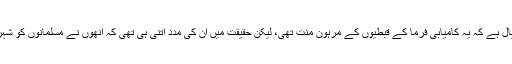
مقریزی اور دوسرے مورخین کا خیال ہے کہ یہ کامیابی فرما کے قبطیوں کے مرہون منت تھی، لیکن حقیقت میں ان کی مدد اتنی ہی تھی کہ انھوں نے مسلمانوں کو شہر کے بارے میں معلومات مہیا کیں۔